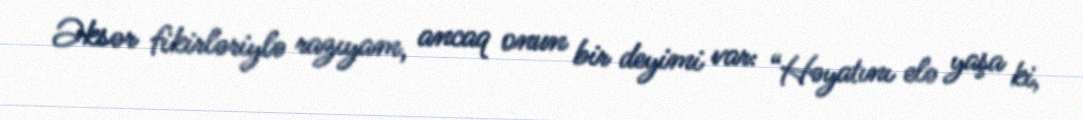
Əksər fikirləriylə razıyam, ancaq onun bir deyimi var: “Həyatını elə yaşa ki,